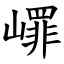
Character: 嶵